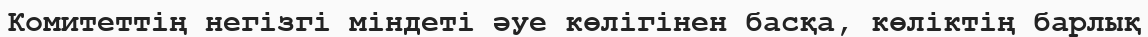
Комитеттің негізгі міндеті әуе көлігінен басқа, көліктің барлық